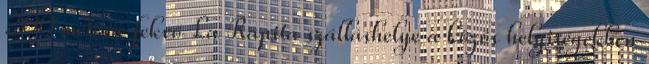
200 méterre fekvő La Rápita szálláshelye a közös helyiségekben